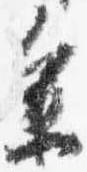
参